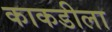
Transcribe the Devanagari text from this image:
काकडीला